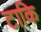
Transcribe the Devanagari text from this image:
टाकि